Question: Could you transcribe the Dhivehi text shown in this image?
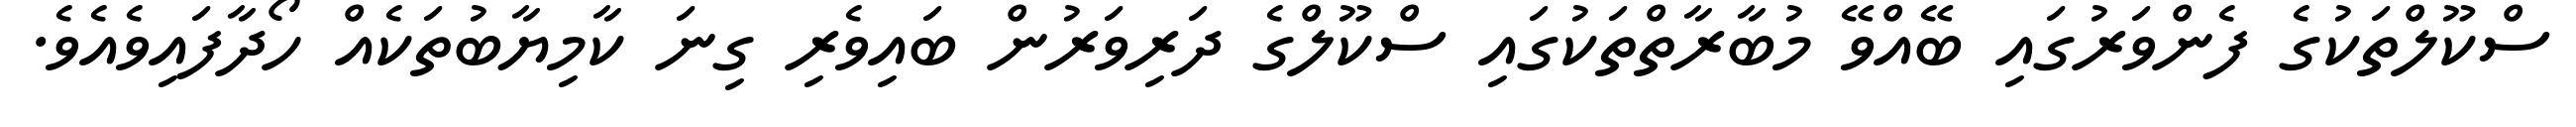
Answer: ސްކޫލްތަކުގެ ފެންވަރުގައި ބޭއްވޭ މުބާރާތްތަކުގައި ސްކޫލްގެ ދަރިވަރުން ބައިވެރި ގިނަ ކާމިޔާބުތަކެއް ހޯދާފައިވެއެވެ.